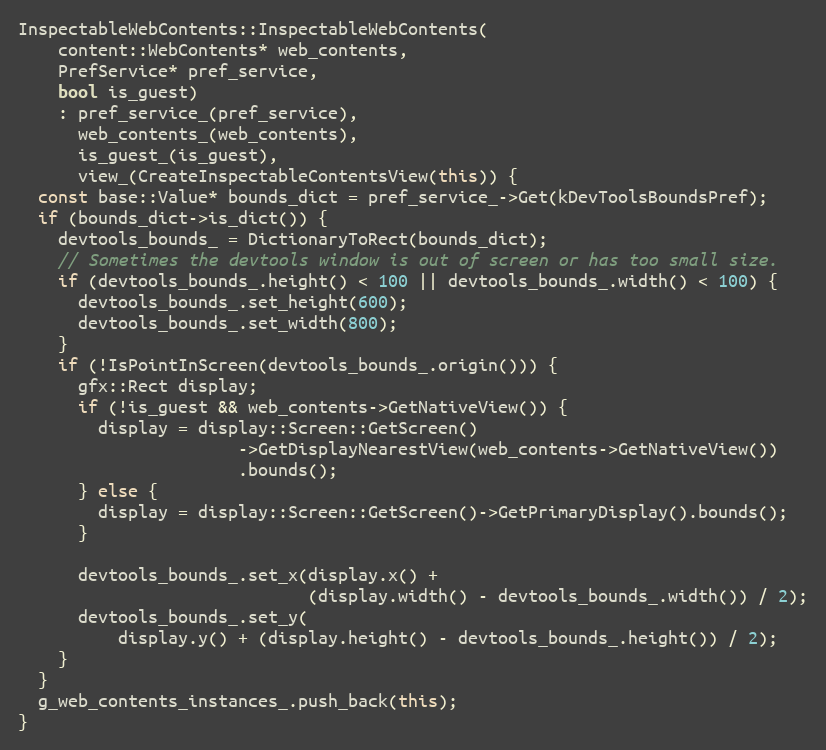
Language: C++
InspectableWebContents::InspectableWebContents(
    content::WebContents* web_contents,
    PrefService* pref_service,
    bool is_guest)
    : pref_service_(pref_service),
      web_contents_(web_contents),
      is_guest_(is_guest),
      view_(CreateInspectableContentsView(this)) {
  const base::Value* bounds_dict = pref_service_->Get(kDevToolsBoundsPref);
  if (bounds_dict->is_dict()) {
    devtools_bounds_ = DictionaryToRect(bounds_dict);
    // Sometimes the devtools window is out of screen or has too small size.
    if (devtools_bounds_.height() < 100 || devtools_bounds_.width() < 100) {
      devtools_bounds_.set_height(600);
      devtools_bounds_.set_width(800);
    }
    if (!IsPointInScreen(devtools_bounds_.origin())) {
      gfx::Rect display;
      if (!is_guest && web_contents->GetNativeView()) {
        display = display::Screen::GetScreen()
                      ->GetDisplayNearestView(web_contents->GetNativeView())
                      .bounds();
      } else {
        display = display::Screen::GetScreen()->GetPrimaryDisplay().bounds();
      }

      devtools_bounds_.set_x(display.x() +
                             (display.width() - devtools_bounds_.width()) / 2);
      devtools_bounds_.set_y(
          display.y() + (display.height() - devtools_bounds_.height()) / 2);
    }
  }
  g_web_contents_instances_.push_back(this);
}